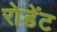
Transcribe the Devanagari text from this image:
रोडेंट